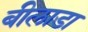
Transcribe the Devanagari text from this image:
बीलाडा